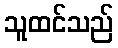
သူထင်သည်